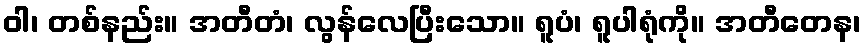
ဝါ၊ တစ်နည်း။ အတီတံ၊ လွန်လေပြီးသော။ ရူပံ၊ ရူပါရုံကို။ အတီတေန၊